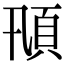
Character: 𩑓